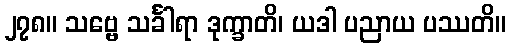
၂၇၈။ သဗ္ဗေ သင်္ခါရာ ဒုက္ခာတိ၊ ယဒါ ပညာယ ပဿတိ။